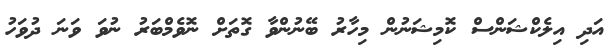
އަދި އިލެކްޝަންސް ކޮމިޝަނުން މިހާރު ބޭނުންވާ ގޮތަށް ނޮވެމްބަރު ނުވަ ވަނަ ދުވަހު